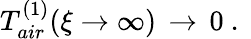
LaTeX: T_{air}^{(1)}(\xi\to\infty)\, \to\, 0\ .\